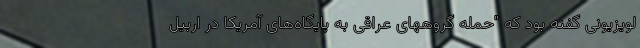
لویزیونی گفته بود که "حمله گروههای عراقی به پایگاه‌های آمریکا در اربیل